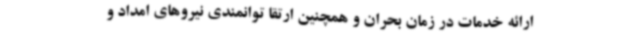
ارائه خدمات در زمان بحران و همچنین ارتقا توانمندی‌ نیروهای امداد و